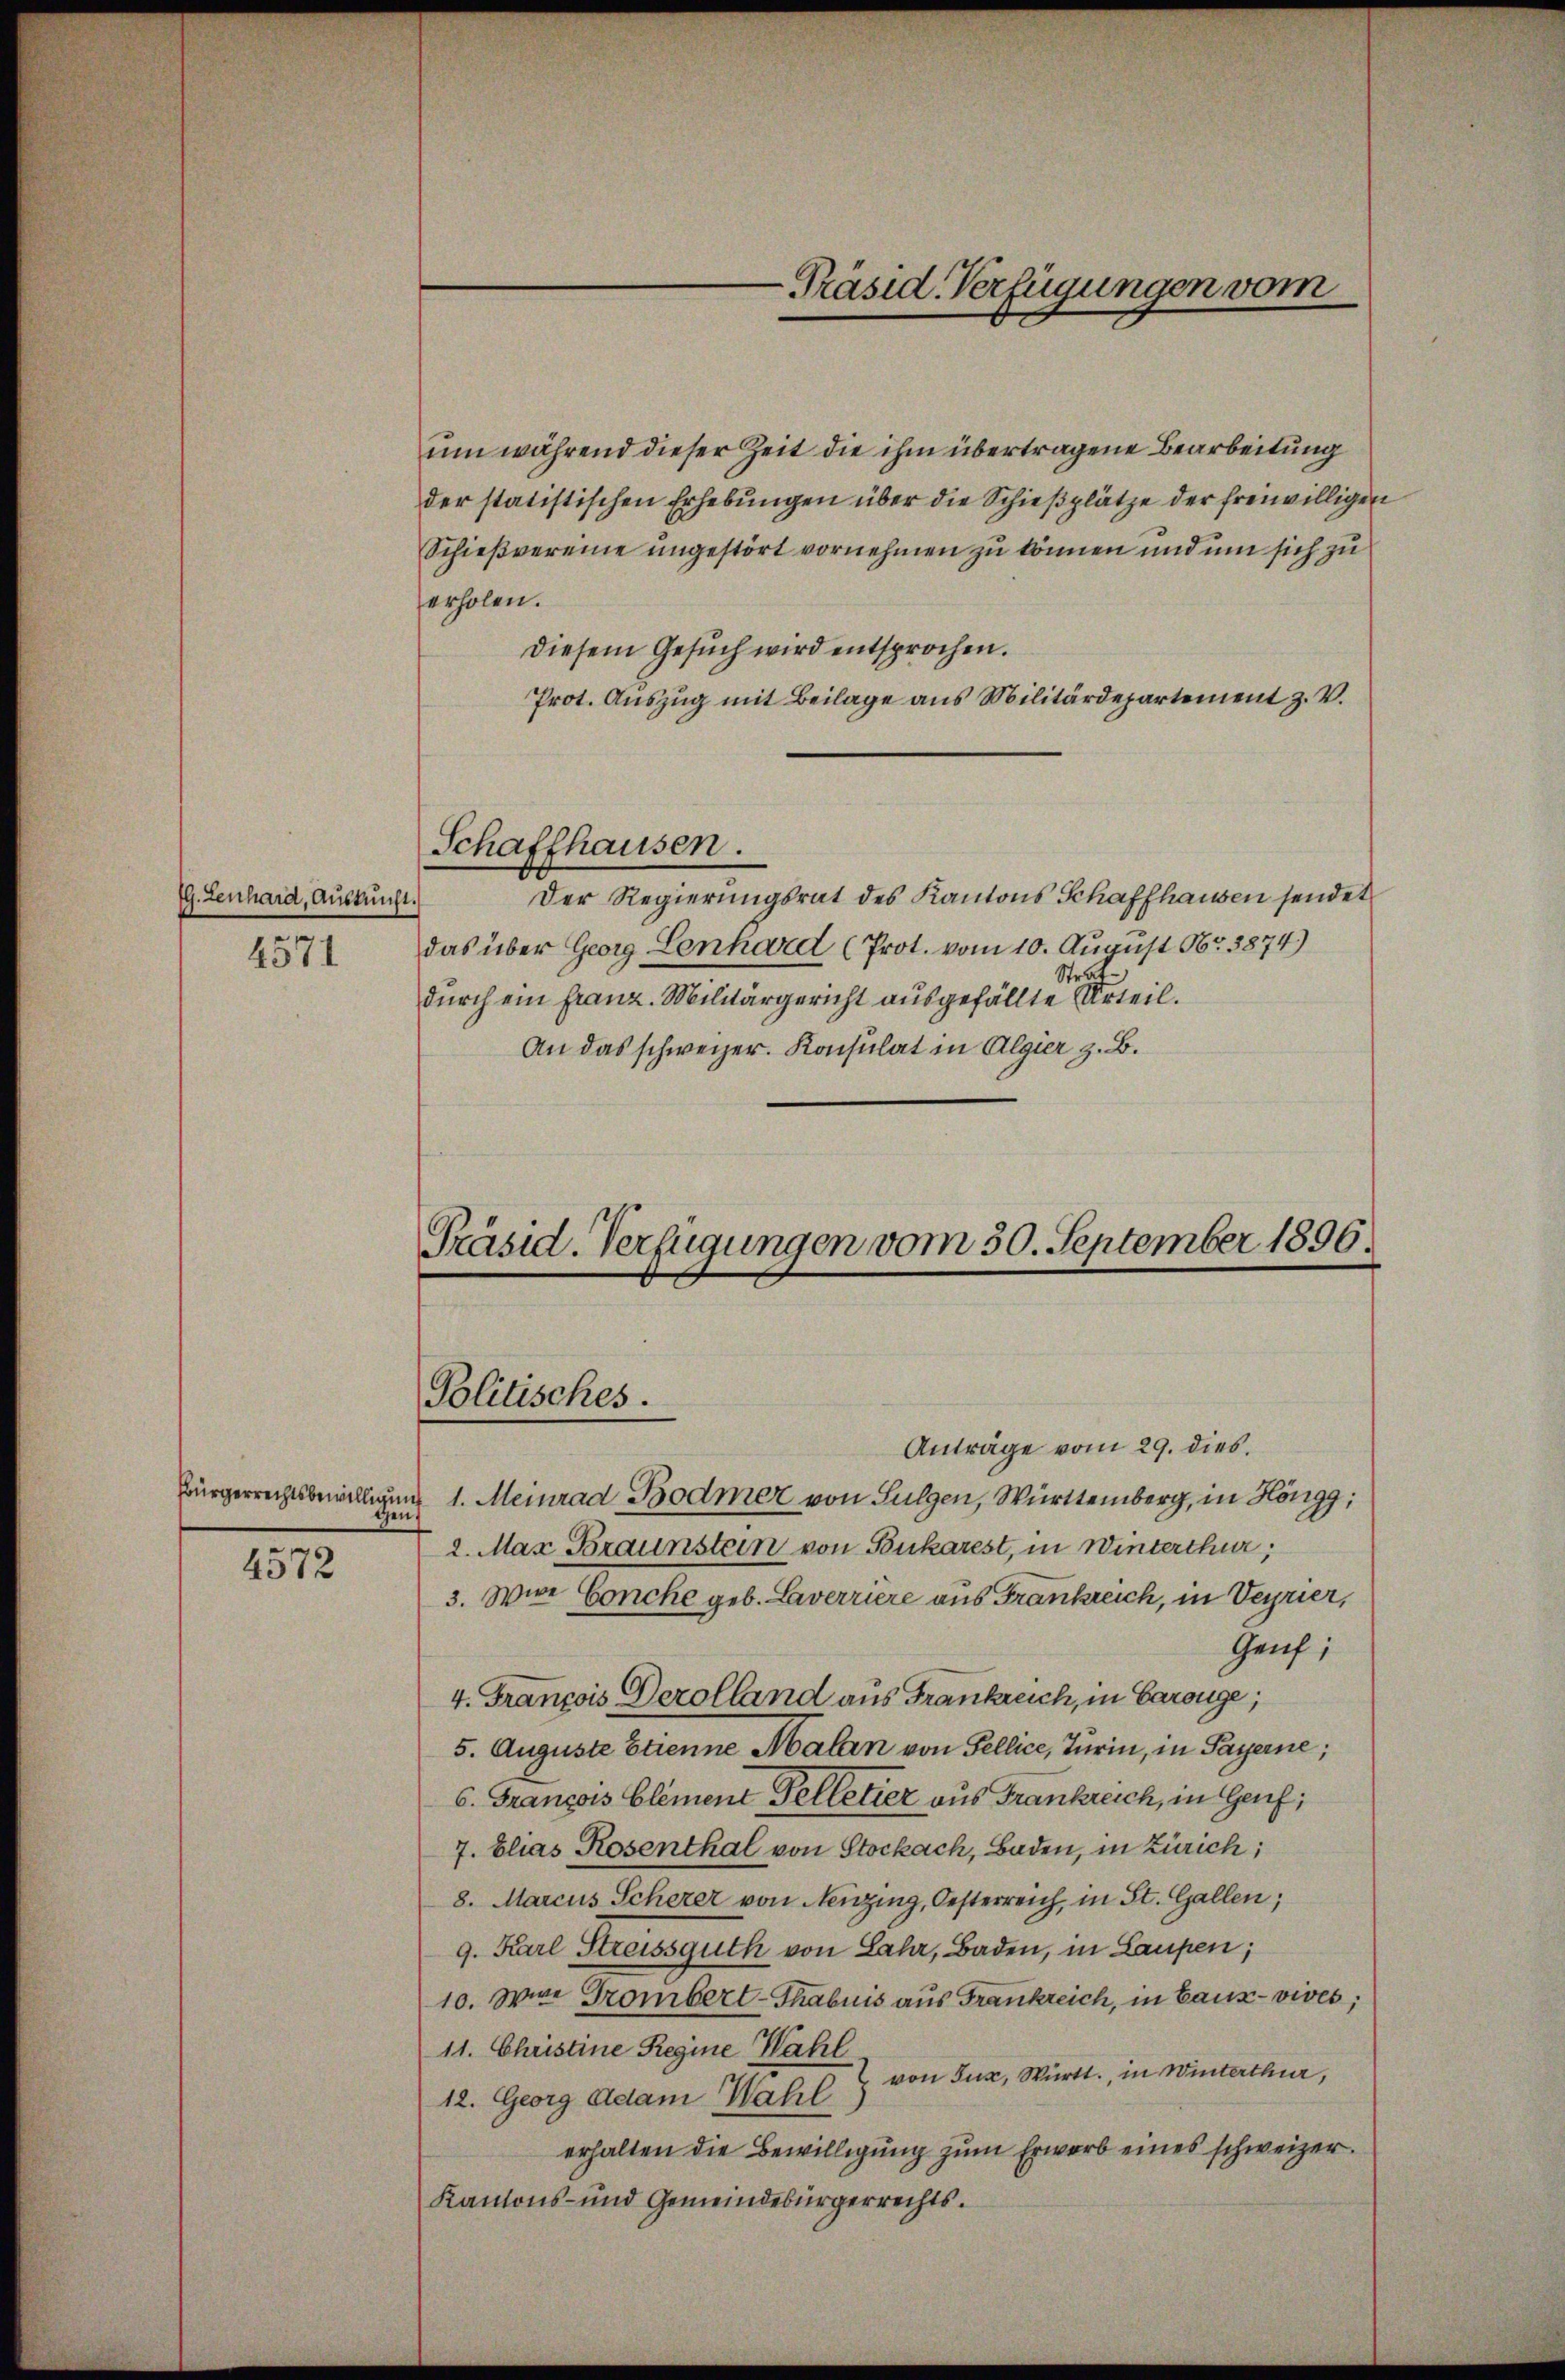
79. Lenhard, Auskunft.
4571

Bürgerrechtsbewilligung
gen;
4572

um während dieser Zeit die ihm übertragene Bearbeitung
der statistischen Erhebungen über die Schießplätze der freiwilligen
Schießvereine ungestört vornehmen zu können und um sich zu
erholen.
diesem Gesŭch wird entsprochen.
Prot. Auszug mit Beilage aus Militärdepartement z. V.
Schaffhausen.
Der Regierungsrat des Kantons Schaffhausen sendet
das über Georg Cenhard (Prot. vom 10. August Nr. 3874)
durch ein Franz. Militärgericht ausgefällte erteil.
An das schweizer. Konsulat in Algier z. B.

-Präsid. Verfügungen vom

Anträge vom 29. dies
1. Meinrad Bodmer von Sulgen, Württemberg, in Höngg;
2. Mai Braunstein von Bukarest, in Winterthur;
3. Wire Conche geb. Laverriere aus Frankreich, in Veyrier,
Genf;
4. François Derolland aus Frankreich, in Baronge;
5. Auguste Etienne Malan von Fellice, Turin, in Payerne;
6. François Element Felletier aus Frankreich, in Genf;
7. Elias Rosenthal von Stockach, Baden, in Zürich;
8. Marcus Scherer von Neuzing, Oesterreich, in St. Gallen;
9. Karl Streissguth von Lahr, Baden, in Laupen;
10. Wie Grombert-Thabuis aus Frankreich, in Bauz-vives;
11. Christine Regine Wahl
 von Jux, Württ., in Winterthur,
12. Georg Adam Wahl
erhalten die Bewilligung zum Erwerb eines schweizer.
Kantons- und Gemeindebürgerrechts.

Präsid. Verfügungen vom 50. September 1896.
Politisches.